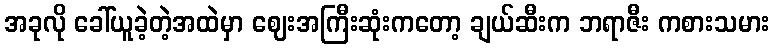
အခုလို ခေါ်ယူခဲ့တဲ့အထဲမှာ ဈေးအကြီးဆုံးကတော့ ချယ်ဆီးက ဘရာဇီး ကစားသမား